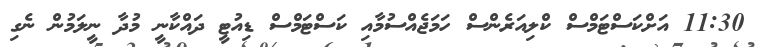
11:30 އަށްކަސްޓަމްސް ކްލިއަރެންސް ހަމަޖެއްސުމާއި ކަސްޓަމްސް ޑިއުޓީ ދައްކާނީ މުދާ ނީލަމުން ނެގި